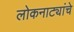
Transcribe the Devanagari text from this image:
लोकनाट्यांचे